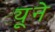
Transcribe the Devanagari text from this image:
ट्यूने